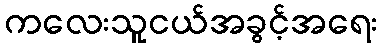
ကလေးသူငယ်အခွင့်အရေး